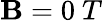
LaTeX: \mathbf{B}=0~T